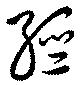
經